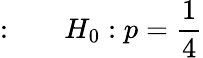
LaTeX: {\mathrm{:}}\qquad H_{0}:p={\frac{1}{4}}